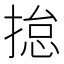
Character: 𢰾